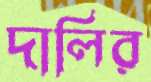
দালির